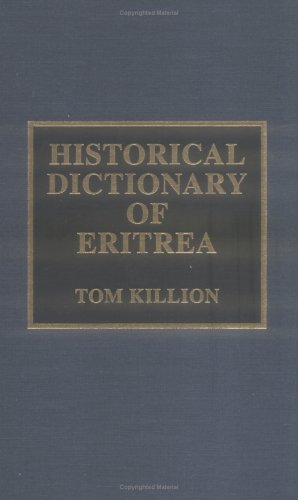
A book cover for Historical Dictionary of Eritrea; Tom Killion; History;